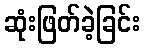
ဆုံးဖြတ်ခဲ့ခြင်း